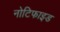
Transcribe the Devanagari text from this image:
नोटिफाइड